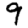
Digit: 9